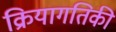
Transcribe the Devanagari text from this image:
क्रियागतिकी